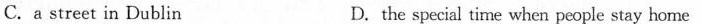
C.a street in Dublin D.the special time when people stay horne